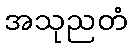
အသုညတံ